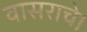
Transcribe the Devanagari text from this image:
वासराचे।